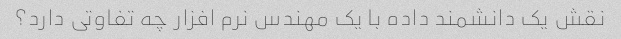
نقش یک دانشمند داده با یک مهندس نرم افزار چه تفاوتی دارد؟